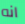
انه